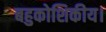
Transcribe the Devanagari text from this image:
बहुकोशिकीय।